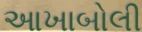
આખાબોલી